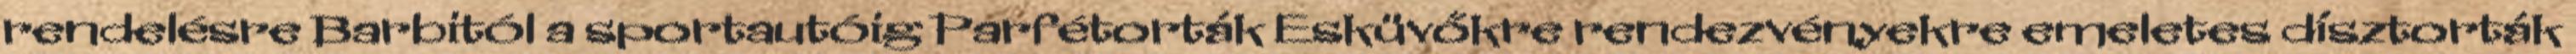
rendelésre Barbitól a sportautóig Parfétorták Esküvőkre rendezvényekre emeletes dísztorták